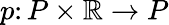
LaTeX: p\colon P\times\mathbb{R}\to P